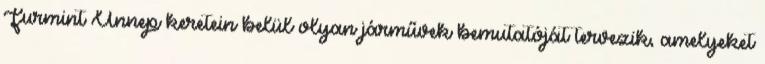
Furmint Ünnep keretein belül olyan járművek bemutatóját tervezik, amelyeket